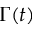
\Gamma ( t )